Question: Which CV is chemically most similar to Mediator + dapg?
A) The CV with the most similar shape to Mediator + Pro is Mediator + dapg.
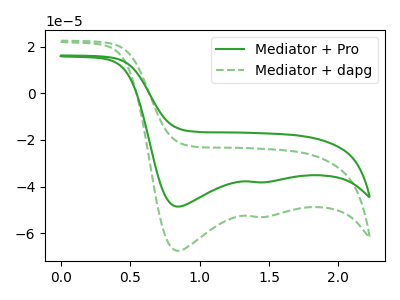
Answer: <think>The green curve "Mediator + Pro" has cathodic peaks at (0.85V, -48.55uA) (1.40V, -38.15uA). The green dashed curve "Mediator + dapg" has cathodic peaks at (0.85V, -67.50uA) (1.40V, -53.05uA).
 All the peaks in "Mediator + Pro" have a peak in "Mediator + dapg" at the same potential. Every peak in "Mediator + Pro" is lower than every peak in "Mediator + dapg".</think>
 <answer>A) The CV with the most similar shape to "Mediator + Pro" is "Mediator + dapg".</answer>
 <eval>A</eval>